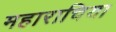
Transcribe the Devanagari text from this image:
महाराचिया